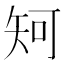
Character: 𥎵